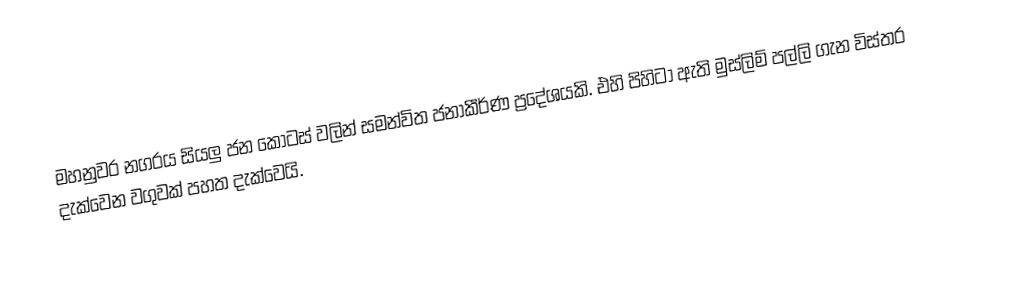
මහනුවර නගරය සියලු ජන කොටස් වලින් සමන්විත ජනාකීර්ණ ප්‍රදේශයකි. එහි පිහිටා ඇති මුස්ලිම් පල්ලි ගැන විස්තර දැක්වෙන වගුවක් පහත දැක්වෙයි.